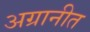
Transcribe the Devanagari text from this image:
अग्रानीत